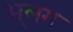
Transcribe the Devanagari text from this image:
अ्लग